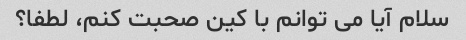
سلام آیا می توانم با کین صحبت کنم، لطفا؟